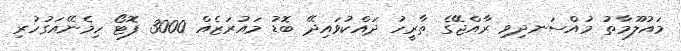
މައުލޫމާތު މުއްސަނދިވި ރާއްޖޭގެ ތާރީހު ދައްކުވައިދޭ ބޮޑު މައުރަޒެއް 3000 ފޮޓޯ ހިމެނޭއަގުހުރި